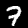
Label: 7